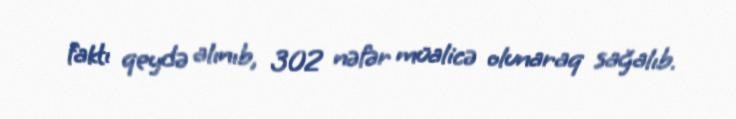
faktı qeydə alınıb, 302 nəfər müalicə olunaraq sağalıb.